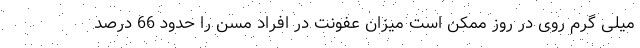
میلی گرم روی در روز ممکن است میزان عفونت در افراد مسن را حدود 66 درصد